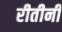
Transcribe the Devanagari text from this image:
रीतीनी